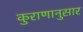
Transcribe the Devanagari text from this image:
कुराणानुसार